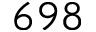
6 9 8